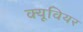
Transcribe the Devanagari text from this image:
क्यूवियर